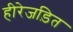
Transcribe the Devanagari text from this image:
हीरेजड़ित